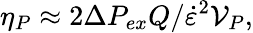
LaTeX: \eta_{P}\approx 2\Delta P_{ex}Q/\dot{\varepsilon}^{2}\mathcal{V}_{P},